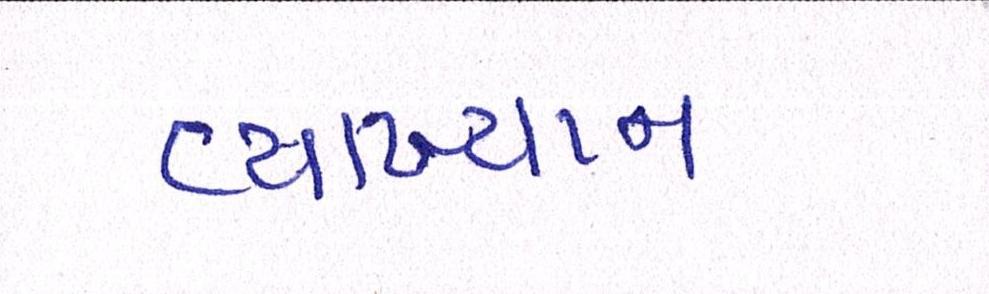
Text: વ્યાખ્યાન